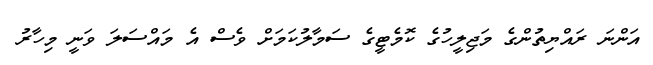
އަންނަ ރައްޔިތުންގެ މަޖިލީހުގެ ކޮމެޓީގެ ސަމާލުކަމަށް ވެސް އެ މައްސަލަ ވަނީ މިހާރު